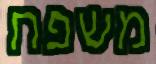
משפח